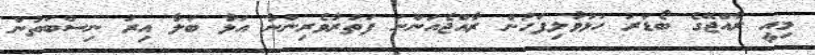
މިއީ ރާއްޖޭގެ ބޯޑަރު ހުޅުވާލިފަހުން ރާއްޖެއަންނަ ފަތުރުވެރިންނާ އަޅާ ބަލާ އިރު ނިސްބަތުން